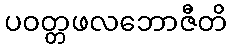
ပဝတ္တဖလဘောဇီတိ